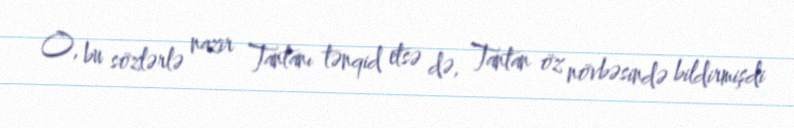
O, bu sözlərlə nazir Tantanı tənqid etsə də, Tantan öz növbəsində bildirmişdi